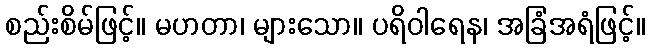
စည်းစိမ်ဖြင့်။ မဟတာ၊ များသော။ ပရိဝါရေန၊ အခြံအရံဖြင့်။